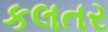
કલતર